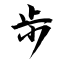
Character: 歩